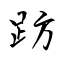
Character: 趽